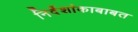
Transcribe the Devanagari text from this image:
निर्देशांकाबाबत